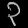
Digit: ၃